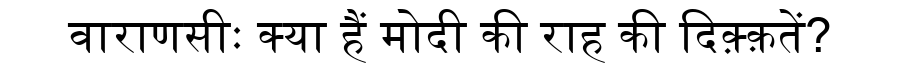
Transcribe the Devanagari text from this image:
वाराणसीः क्या हैं मोदी की राह की दिक़्क़तें?